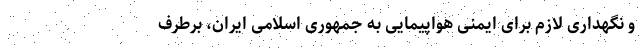
و نگهداری لازم برای ایمنی هواپیمایی به جمهوری اسلامی ایران، برطرف